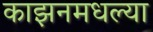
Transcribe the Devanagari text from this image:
काझनमधल्या